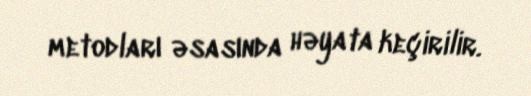
metodları əsasında həyata keçirilir.